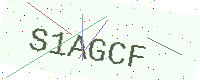
Text: S1AGCF